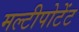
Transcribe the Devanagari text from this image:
मल्टीपोटेंट